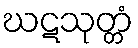
ဃဋသုတ္တံ